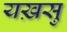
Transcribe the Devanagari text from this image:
यख़सु